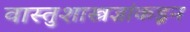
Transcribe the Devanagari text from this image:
वास्तुशास्त्रज्ञांकडून